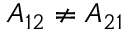
A _ { 1 2 } \ne A _ { 2 1 }